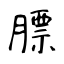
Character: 膘